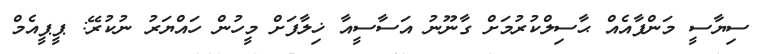
ސިޔާސީ މަންފާއެއް ޙާސިލްކުރުމަށް ގާނޫނު އަސާސީއާ ޚިލާފަށް މީހުން ހައްޔަރު ނުކުރޭ: ޕީޕީއެމް